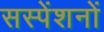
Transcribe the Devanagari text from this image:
सस्पेंशनों